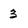
Character: 3